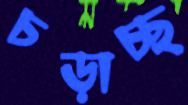
চড়াচ্ছ